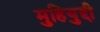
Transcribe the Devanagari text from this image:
मुहियुद्दी